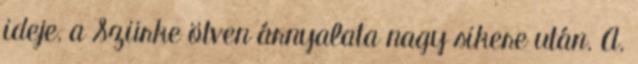
ideje, a Szürke ötven árnyalata nagy sikere után. A.